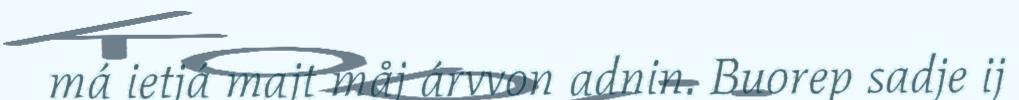
má ietjá majt måj árvvon adnin. Buorep sadje ij